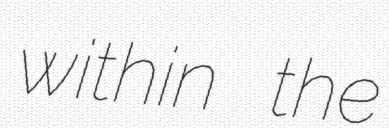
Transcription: within the